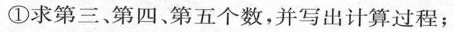
①求第三、第四、第五个数，并写出计算过程；